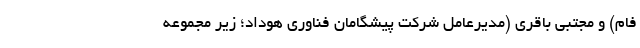
فام) و مجتبی باقری (مدیرعامل شرکت پیشگامان فناوری هوداد؛ زیر مجموعه